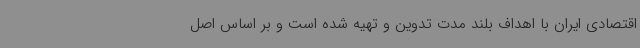
اقتصادی ایران با اهداف بلند مدت تدوین و تهیه شده است و بر اساس اصل